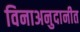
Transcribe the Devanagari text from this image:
विनाअनुदानीत